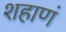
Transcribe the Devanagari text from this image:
शहाणं